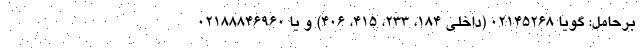
برحامل: گویا ۰۲۱۴۵۲۶۸ (داخلی ۱۸۴، ۲۳۳، ۴۱۵، ۴۰۶) و یا ۰۲۱۸۸۸۴۶۹۶۰